Preliminary report on an investigation into the etiology of Oriental sore in Cambay - Number 50
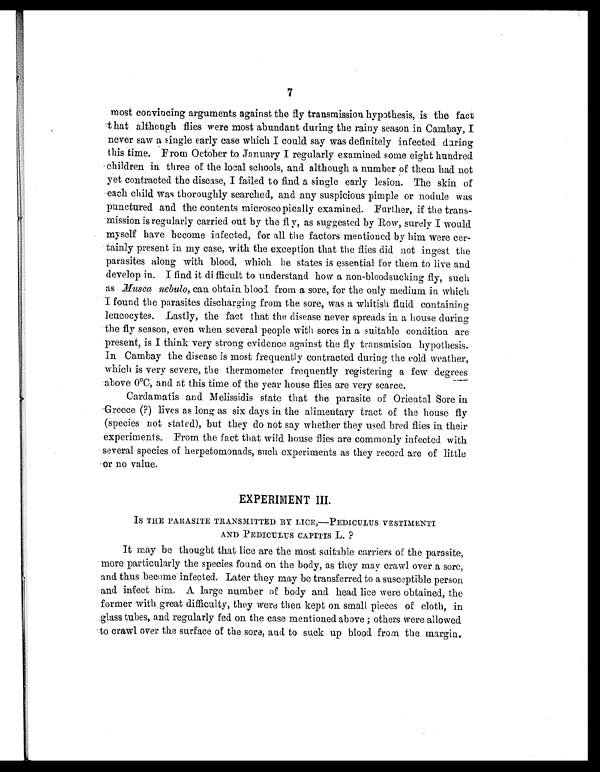
7
most convincing arguments against the fly transmission hypothesis, is the fact
that although flies were most abundant during the rainy season in Cambay, I
never saw a single early case which I could say was definitely infected during
this time. From October to January I regularly examined some eight hundred
children in three of the local schools, and although a number of them had not
yet contracted the disease, I failed to find a single early lesion. The skin of
each child was thoroughly searched, and any suspicious pimple or nodule was
punctured and the contents microscopically examined. Further, if the trans
-mission is regularly carried out by the fly, as suggested by Row, surely I would
myself have become infected, for all the factors mentioned by him were cer
-tainly present in my case, with the exception that the flies did not ingest the
parasites along with blood, which he states is essential for them to live and
develop in. I find it difficult to understand how a non-bloodsucking fly, such
as Musca nebulo , can obtain blood from a sore, for the only medium in which
I found the parasites discharging from the sore, was a whitish fluid containing
leucocytes. Lastly, the fact that the disease never spreads in a house during
the fly season, even when several people with sores in a suitable condition are
present, is I think very strong evidence against the fly transmision hypothesis.
In Cambay the disease is most frequently contracted during the cold weather,
which is very severe, the thermometer frequently registering a few degrees
above 0°C, and at this time of the year house flies are very scarce.
Cardamatis and Melissidis state that the parasite of Oriental Sore in
Greece (?) lives as long as six days in the alimentary tract of the house fly
(species not stated), but they do not say whether they used bred flies in their
experiments. From the fact that wild house flies are commonly infected with
several species of herpetomonads, such experiments as they record are of little
or no value.
EXPERIMENT III.
IS THE PARASITE TRANSMITTED BY LICE,—PEDICULUS VESTIMENTI
AND PEDICULUS CAPITIS L. ?
It may be thought that lice are the most suitable carriers of the parasite,
more particularly the species found on the body, as they may crawl over a sore,
and thus become infected. Later they may be transferred to a susceptible person
and infect him. A large number of body and head lice were obtained, the
former with great difficulty, they were then kept on small pieces of cloth, in
glass tubes, and regularly fed on the case mentioned above ; others were allowed
to crawl over the surface of the sore, and to suck up blood from the margin.